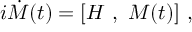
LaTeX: i \dot { \cal M } ( t ) = [ { \cal H } \ , \ { \cal M } ( t ) ] \ ,